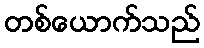
တစ်ယောက်သည်